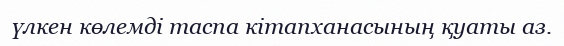
үлкен көлемді таспа кітапханасының қуаты аз.